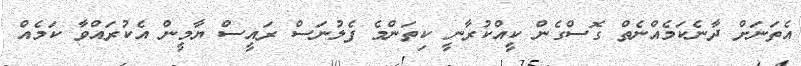
އެތަނަށް ދާނެކަމެއްނެތް ގޮސްގެން ކީއްކުރާނީ ކިތަންމެ ފެލުނަސް ރައީސް ޔާމީން އެކުރައްވާ ކަމެއް